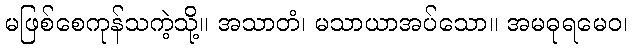
မဖြစ်စေကုန်သကဲ့သို့။ အသာတံ၊ မသာယာအပ်သော။ အမဓုရမေဝ၊